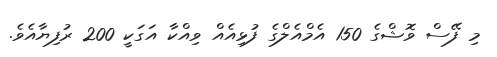
މި ފޭސް ވޮޝްގެ 150 އެމްއެލްގެ ފުޅިއެއް ވިއްކާ އަގަކީ 200 ރުފިޔާއެވެ.